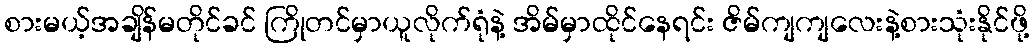
စားမယ့်အချိန်မတိုင်ခင် ကြိုတင်မှာယူလိုက်ရုံနဲ့ အိမ်မှာထိုင်နေရင်း ဇိမ်ကျကျလေးနဲ့စားသုံးနိုင်ဖို့